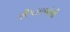
છીપલાઓની